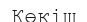
Көкіш